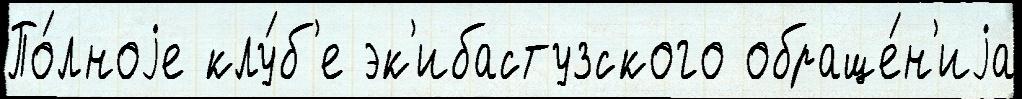
По́лноjе клу́б'е эк'ибастузского обраще́н'иjа